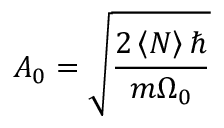
A _ { 0 } = \sqrt { \frac { 2 \left< N \right> \hbar } { m \Omega _ { 0 } } }